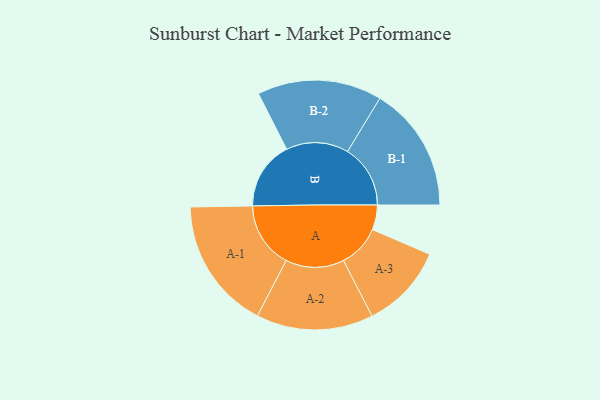
{"axis": {"x": "Segment", "y": "Value"}, "legend": ["", "A", "B"], "data": [{"x": "A", "y": 102, "type": ""}, {"x": "B", "y": 281, "type": ""}, {"x": "A-1", "y": 271, "type": "A"}, {"x": "A-2", "y": 240, "type": "A"}, {"x": "A-3", "y": 174, "type": "A"}, {"x": "B-1", "y": 258, "type": "B"}, {"x": "B-2", "y": 256, "type": "B"}]}